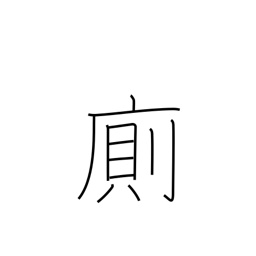
Meaning: mingle with